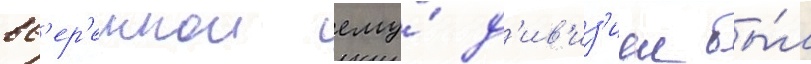
вв'ер'еннои ему́ д'ив'из'иеи бы́л